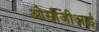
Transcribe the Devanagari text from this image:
ओसीजीआई